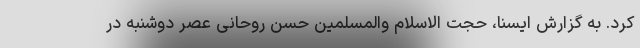
کرد. به گزارش ایسنا، حجت الاسلام والمسلمین حسن روحانی عصر دوشنبه در